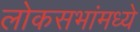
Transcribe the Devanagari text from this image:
लोकसभांमध्ये